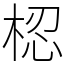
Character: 梕